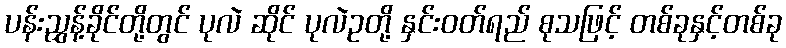
ပန်းညွှန့်ခိုင်တို့တွင် ပုလဲ ဆိုင် ပုလဲဥတို့ နှင်းဝတ်ရည် စုသဖြင့် တစ်ခုနှင့်တစ်ခု